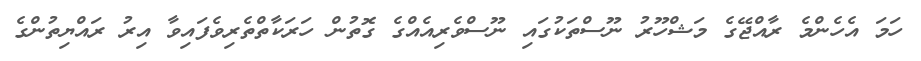
ހަމަ އެހެންމެ ރާއްޖޭގެ މަޝްހޫރު ނޫސްތަކުގައި ނޫސްވެރިއެއްގެ ގޮތުން ހަރަކާތްތެރިވެފައިވާ އިރު ރައްޔިތުންގެ